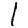
Digit: 1